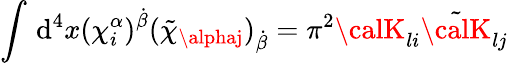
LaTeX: \int\, \mathrm{d}^{4}x(\chi_{i}^{\alpha})^{\dot{{\beta}}}(\tilde{{\chi}}_{\alphaj})_{\dot{{\beta}}}=\pi^{2}{\calK}_{li}\tilde{{\calK}}_{lj}